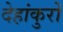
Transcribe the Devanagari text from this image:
देहांकुरों